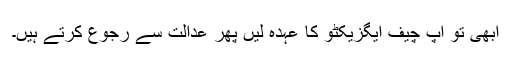
ابھی تو آپ چیف ایگزیکٹو کا عہدہ لیں پھر عدالت سے رجوع کرتے ہیں۔